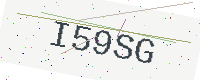
Text: I59SG